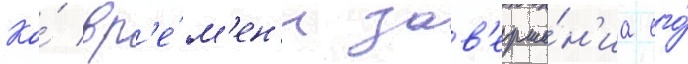
Ко́ вр'е́м'ен'и зав'ерше́н'иа его́